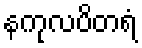
နကုလပိတရံ